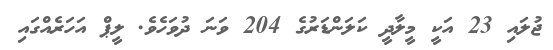
ޖުލައި 23 އަކީ މީލާދީ ކަލަންޑަރުގެ 204 ވަނަ ދުވަހެވެ. ލީޕް އަހަރެއްގައި